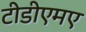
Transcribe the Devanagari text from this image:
टीडीएमए